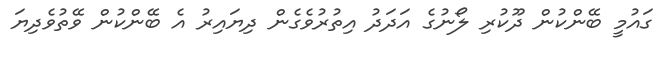
ގައުމީ ބޭންކުން ދޫކުރި ލޯނުގެ އަދަދު އިތުރުވެގެން ދިޔައިރު އެ ބޭންކުން ވޭތުވެދިޔަ